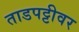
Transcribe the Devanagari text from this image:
ताडपट्टीवर